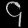
Digit: ၄